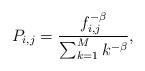
LaTeX: \begin{align*}P_{i,j}=\frac{f_{i,j}^{-\beta}}{\sum_{k=1}^{M} k^{-\beta}},\end{align*}